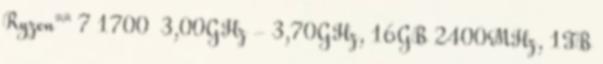
Ryzen™ 7 1700 3,00GHz - 3,70GHz, 16GB 2400MHz, 1TB